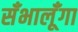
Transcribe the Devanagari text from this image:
सँभालूँगा